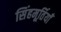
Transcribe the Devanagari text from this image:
सिंहमूर्तियाँ